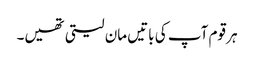
ہر قوم آپ کی باتیں مان لیتی تھیں۔